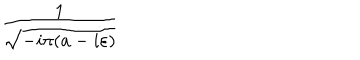
LaTeX: \frac { 1 } { \sqrt { - i \pi ( a - i \varepsilon ) } }